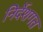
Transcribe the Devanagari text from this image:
निर्देशगत